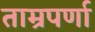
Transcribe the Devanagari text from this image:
ताम्रपर्णा